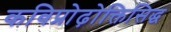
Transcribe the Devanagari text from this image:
कविप्रोढ़ोक्तिसिद्ध